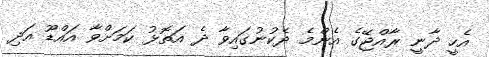
އެހީ ދާނީ ރާއްޖޭގެ އެންމެ ދެކުނުގައިވާ ދެ އަތޮޅު ކަމަށްވާ އައްޑޫ އަދި